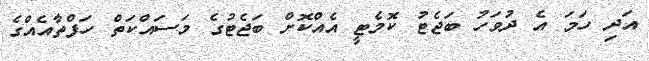
އަދި ހަމަ އެ ދުވަހު ބަޖެޓު ކޮމެޓީ އެއްކޮށް ބަޖެޓުގެ މަސައްކަތް ހަފްތާއެއްގެ